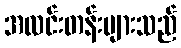
အလင်းတန်းများသည်